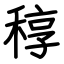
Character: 稕